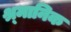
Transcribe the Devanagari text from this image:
श्र्मानिक